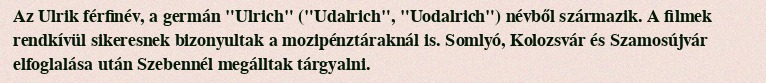
Az Ulrik férfinév, a germán "Ulrich" ("Udalrich", "Uodalrich") névből származik. A filmek rendkívül sikeresnek bizonyultak a mozipénztáraknál is. Somlyó, Kolozsvár és Szamosújvár elfoglalása után Szebennél megálltak tárgyalni.